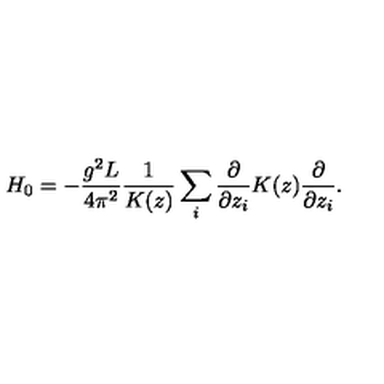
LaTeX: H _ { 0 } = - \frac { g ^ { 2 } L } { 4 \pi ^ { 2 } } \frac { 1 } { K ( z ) } \sum _ { i } \frac { \partial } { \partial z _ { i } } K ( z ) \frac { \partial } { \partial z _ { i } } .